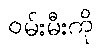
ဝမ်းမီးကို